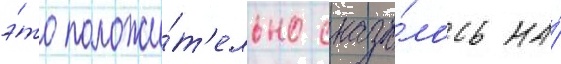
э́то положи́т'ельно сказа́лось на́